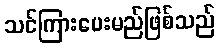
သင်ကြားပေးမည်ဖြစ်သည်